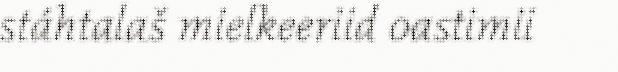
stáhtalaš mielkeeriid oastimii